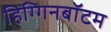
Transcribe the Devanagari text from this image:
हिग्गिनबॉटम